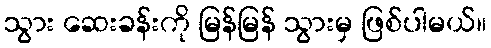
သွား ဆေးခန်းကို မြန်မြန် သွားမှ ဖြစ်ပါမယ်။